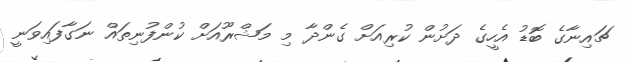
ޗައިނާގެ ބޮޑު އެހީގެ ދަށުން ކުރިއަށް ގެންދާ މި މަޝްރޫއަށް ކުންފުނިތައް ނަގާފައިވަނީ